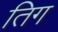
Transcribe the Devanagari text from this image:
तिग